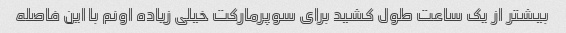
بیشتر از یک ساعت طول کشید برای سوپرمارکت خیلی زیاده اونم با این فاصله